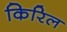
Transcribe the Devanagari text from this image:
किरिल